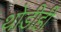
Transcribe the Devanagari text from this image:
थोडीही